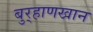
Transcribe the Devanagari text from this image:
बुर्‍हाणखान